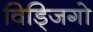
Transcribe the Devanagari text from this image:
विड्जिगो